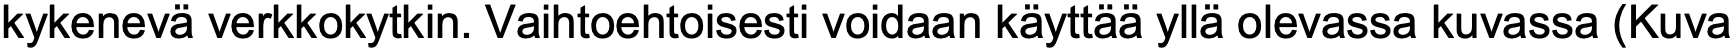
kykenevä verkkokytkin. Vaihtoehtoisesti voidaan käyttää yllä olevassa kuvassa (Kuva